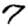
Digit: 7